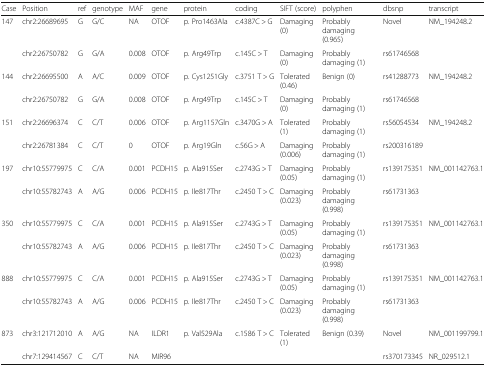
<table><thead><tr><td><b>Case</b></td><td><b>Position</b></td><td><b>ref</b></td><td><b>genotype</b></td><td><b>MAF</b></td><td><b>gene</b></td><td><b>protein</b></td><td><b>coding</b></td><td><b>SIFT (score)</b></td><td><b>polyphen</b></td><td><b>dbsnp</b></td><td><b>transcript</b></td></tr></thead><tbody><tr><td rowspan="2">147</td><td>chr2:26689695</td><td>G</td><td>G/C</td><td>NA</td><td>OTOF</td><td>p. Pro1463Ala</td><td>c.4387C &gt; G</td><td>Damaging (0)</td><td>Probably damaging (0.965)</td><td>Novel</td><td>NM_194248.2</td></tr><tr><td>chr2:26750782</td><td>G</td><td>G/A</td><td>0.008</td><td>OTOF</td><td>p. Arg49Trp</td><td>c.145C &gt; T</td><td>Damaging (0)</td><td>Probably damaging (1)</td><td>rs61746568</td><td></td></tr><tr><td rowspan="2">144</td><td>chr2:26695500</td><td>A</td><td>A/C</td><td>0.009</td><td>OTOF</td><td>p. Cys1251Gly</td><td>c.3751 T &gt; G</td><td>Tolerated (0.46)</td><td>Benign (0)</td><td>rs41288773</td><td>NM_194248.2</td></tr><tr><td>chr2:26750782</td><td>G</td><td>G/A</td><td>0.008</td><td>OTOF</td><td>p. Arg49Trp</td><td>c.145C &gt; T</td><td>Damaging (0)</td><td>Probably damaging (1)</td><td>rs61746568</td><td></td></tr><tr><td rowspan="2">151</td><td>chr2:26696374</td><td>C</td><td>C/T</td><td>0.006</td><td>OTOF</td><td>p. Arg1157Gln</td><td>c.3470G &gt; A</td><td>Tolerated (1)</td><td>Probably damaging (1)</td><td>rs56054534</td><td>NM_194248.2</td></tr><tr><td>chr2:26781384</td><td>C</td><td>C/T</td><td>0</td><td>OTOF</td><td>p. Arg19Gln</td><td>c.56G &gt; A</td><td>Damaging (0.006)</td><td>Probably damaging (1)</td><td>rs200316189</td><td></td></tr><tr><td rowspan="2">197</td><td>chr10:55779975</td><td>C</td><td>C/A</td><td>0.001</td><td>PCDH15</td><td>p. Ala915Ser</td><td>c.2743G &gt; T</td><td>Damaging (0.05)</td><td>Probably damaging (1)</td><td>rs139175351</td><td>NM_001142763.1</td></tr><tr><td>chr10:55782743</td><td>A</td><td>A/G</td><td>0.006</td><td>PCDH15</td><td>p. Ile817Thr</td><td>c.2450 T &gt; C</td><td>Damaging (0.023)</td><td>Probably damaging (0.998)</td><td>rs61731363</td><td></td></tr><tr><td rowspan="2">350</td><td>chr10:55779975</td><td>C</td><td>C/A</td><td>0.001</td><td>PCDH15</td><td>p. Ala915Ser</td><td>c.2743G &gt; T</td><td>Damaging (0.05)</td><td>Probably damaging (1)</td><td>rs139175351</td><td>NM_001142763.1</td></tr><tr><td>chr10:55782743</td><td>A</td><td>A/G</td><td>0.006</td><td>PCDH15</td><td>p. Ile817Thr</td><td>c.2450 T &gt; C</td><td>Damaging (0.023)</td><td>Probably damaging (0.998)</td><td>rs61731363</td><td></td></tr><tr><td rowspan="2">888</td><td>chr10:55779975</td><td>C</td><td>C/A</td><td>0.001</td><td>PCDH15</td><td>p. Ala915Ser</td><td>c.2743G &gt; T</td><td>Damaging (0.05)</td><td>Probably damaging (1)</td><td>rs139175351</td><td>NM_001142763.1</td></tr><tr><td>chr10:55782743</td><td>A</td><td>A/G</td><td>0.006</td><td>PCDH15</td><td>p. Ile817Thr</td><td>c.2450 T &gt; C</td><td>Damaging (0.023)</td><td>Probably damaging (0.998)</td><td>rs61731363</td><td></td></tr><tr><td rowspan="2">873</td><td>chr3:121712010</td><td>A</td><td>A/G</td><td>NA</td><td>ILDR1</td><td>p. Val529Ala</td><td>c.1586 T &gt; C</td><td>Tolerated (1)</td><td>Benign (0.39)</td><td>Novel</td><td>NM_001199799.1</td></tr><tr><td>chr7:129414567</td><td>C</td><td>C/T</td><td>NA</td><td>MIR96</td><td></td><td></td><td></td><td></td><td>rs370173345</td><td>NR_029512.1</td></tr></tbody></table>